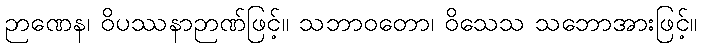
ဉာဏေန၊ ဝိပဿနာဉာဏ်ဖြင့်။ သဘာဝတော၊ ဝိသေသ သဘောအားဖြင့်။